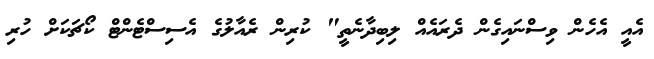
އެއީ އެހެން ވިސްނައިގެން ދެރައެއް ލިބިދާނެތީ" ކުރިން ރެއާލުގެ އެސިސްޓެންޓް ކޯޗަކަށް ހުރި